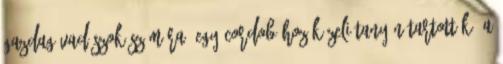
gazdag vadászok számára, egy Cordobához közeli tanyán tartották. A